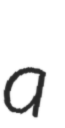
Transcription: a